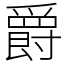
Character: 爵